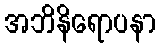
အဘိနိရောပနာ